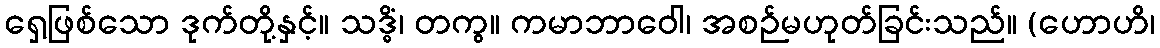
ရှေ့ဖြစ်သော ဒုက်တို့နှင့်။ သဒ္ဓိံ၊ တကွ။ ကမာဘာဝေါ၊ အစဉ်မဟုတ်ခြင်းသည်။ (ဟောဟိ၊